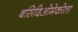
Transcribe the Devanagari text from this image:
बसिदिओमेकोता